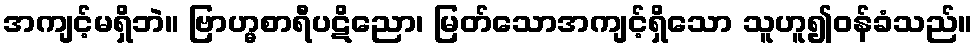
အကျင့်မရှိဘဲ။ ဗြာဟ္မစာရီပဋိညော၊ မြတ်သောအကျင့်ရှိသော သူဟူ၍ဝန်ခံသည်။